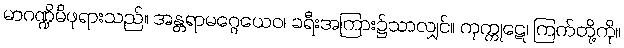
မာဂဏ္ဍိမိဖုရားသည်။ အန္တရာမဂ္ဂေယေဝ၊ ခရီးအကြား၌သာလျှင်။ ကုက္ကုဋေ၊ ကြက်တို့ကို။